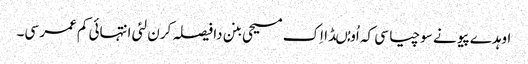
اوہدے پیو نے سوچیا سی کہ اُو مُںڈا اِک مسیحی بنن دا فیصلہ کرن لئی انتہائی کم عمر سی۔